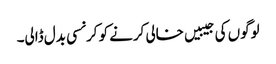
لوگوں کی جیبیں خالی کرنے کو کرنسی بدل ڈالی۔